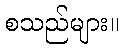
စသည်များ။